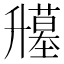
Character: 𰆁